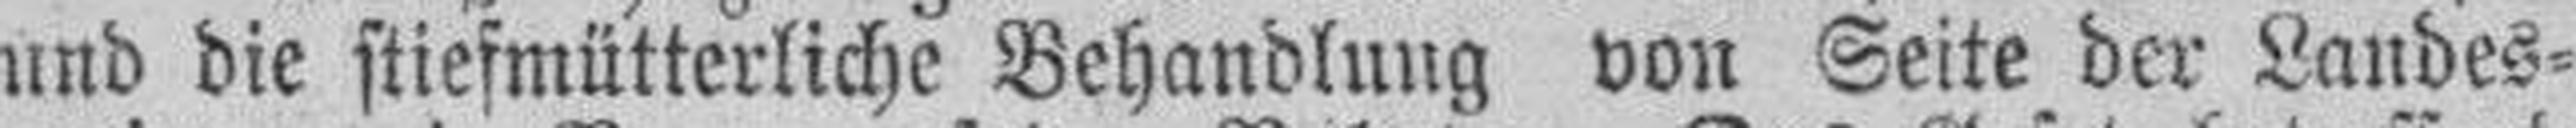
und die stiefmütterliche Behandlung von Seite der Landes¬